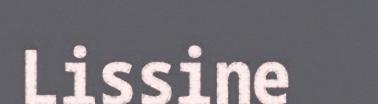
Lissine